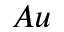
A u